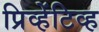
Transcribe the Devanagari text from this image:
प्रिव्हेंटिव्ह